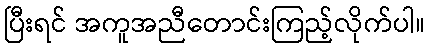
ပြီးရင် အကူအညီတောင်းကြည့်လိုက်ပါ။